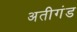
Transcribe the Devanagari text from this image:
अतीगंड